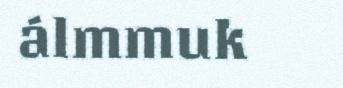
álmmuk